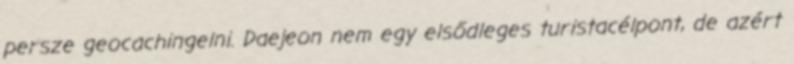
persze geocachingelni. Daejeon nem egy elsődleges turistacélpont, de azért